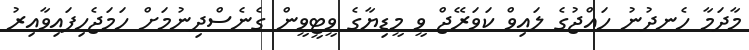
މާދަމާ ހެނދުނު ހައްޖުގެ ލައިވް ކަވަރޭޖް ވީ މީޑިޔާގެ ވީޓީވީން ގެނެސްދިނުމަށް ހަމަޖެހިފައިވާއިރު